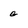
Character: g